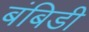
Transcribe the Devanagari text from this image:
बंबिडी